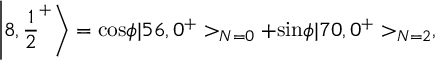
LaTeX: \left| 8 , { \frac { 1 } { 2 } } ^ { + } \right> = \mathrm { c o s } \phi | 5 6 , 0 ^ { + } > _ { N = 0 } + \mathrm { s i n } \phi | 7 0 , 0 ^ { + } > _ { N = 2 } ,